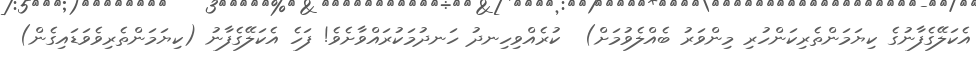
އެކަލޭގެފާނުގެ ކިޔަމަންތެރިކަންހުރި މިންވަރު ބެއްލެވުމަށް)  ކުރެއްވިހިނދު ހަނދުމަކުރައްވާށެވެ! ފަހެ އެކަލޭގެފާނު (ކިޔަމަންތެރިވެވަޑައިގެން)